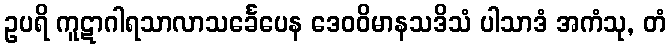
ဥပရိ ကူဋာဂါရသာလာသင်္ခေပေန ဒေဝဝိမာနသဒိသံ ပါသာဒံ အကံသု, တံ